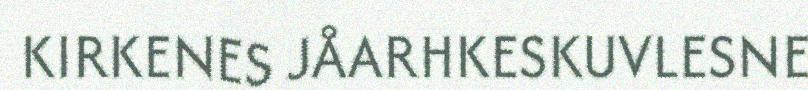
KIRKENES JÅARHKESKUVLESNE